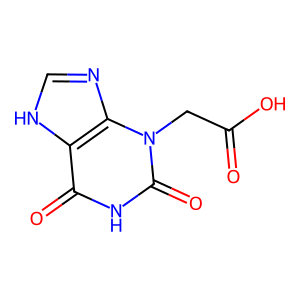
SMILES: O=C(O)Cn1c(=O)[nH]c(=O)c2[nH]cnc21
Inhibits HIV replication: No